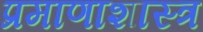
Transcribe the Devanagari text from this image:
प्रमाणाशास्त्र